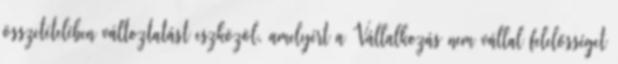
összetételében változtatást eszközöl, amelyért a Vállalkozás nem vállal felelősséget